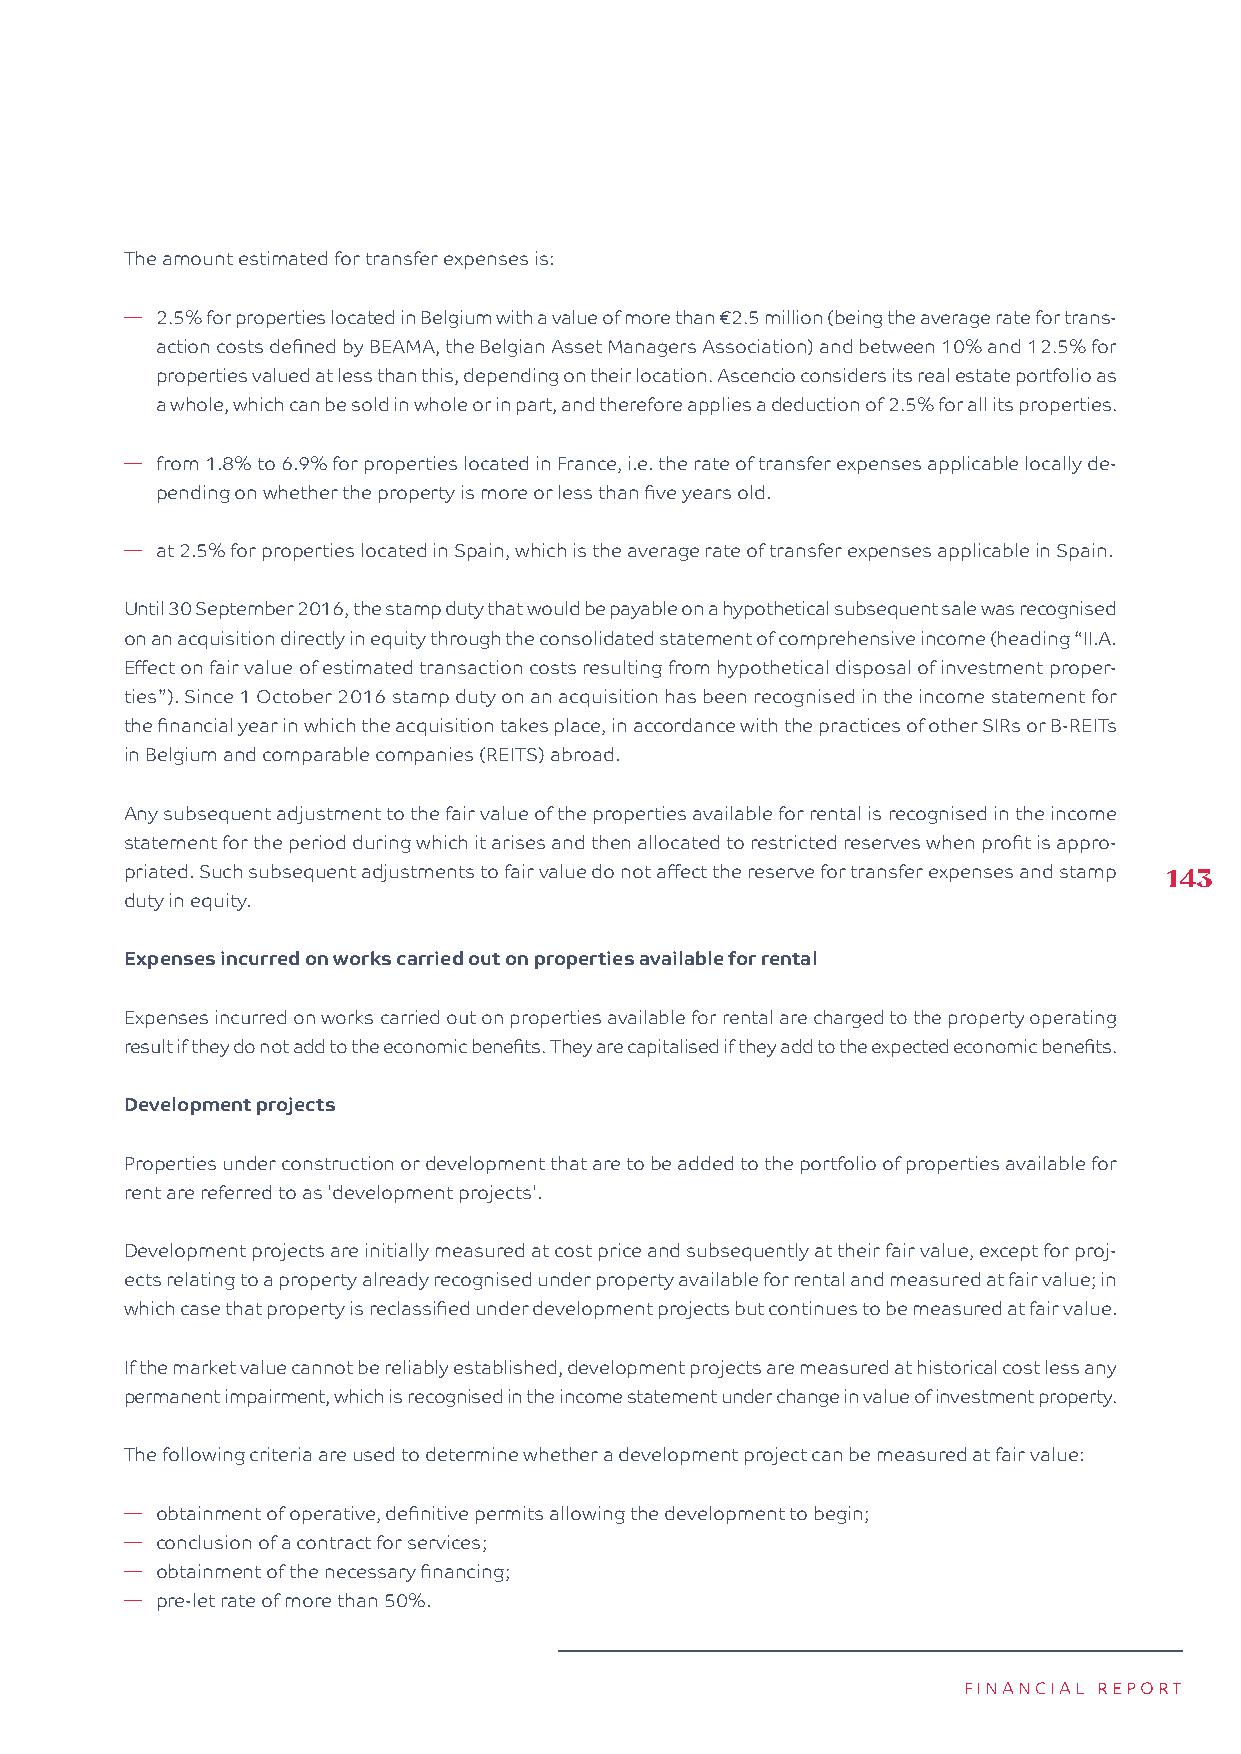
The amount estimated for transfer expenses is:
 � 2.5% for properties located in Belgium with a value of more than €2.5 million (being the average rate for trans-
 action costs defined by BEAMA, the Belgian Asset Managers Association) and between 10% and 12.5% for
 properties valued at less than this, depending on their location. Ascencio considers its real estate portfolio as
 a whole, which can be sold in whole or in part, and therefore applies a deduction of 2.5% for all its properties.
 � from 1.8% to 6.9% for properties located in France, i.e. the rate of transfer expenses applicable locally de-
 pending on whether the property is more or less than five years old.
 � at 2.5% for properties located in Spain, which is the average rate of transfer expenses applicable in Spain.
 Until 30 September 2016, the stamp duty that would be payable on a hypothetical subsequent sale was recognised
 on an acquisition directly in equity through the consolidated statement of comprehensive income (heading “II.A.
 Effect on fair value of estimated transaction costs resulting from hypothetical disposal of investment proper-
 ties”). Since 1 October 2016 stamp duty on an acquisition has been recognised in the income statement for
 the financial year in which the acquisition takes place, in accordance with the practices of other SIRs or B-REITs
 in Belgium and comparable companies (REITS) abroad.
 Any subsequent adjustment to the fair value of the properties available for rental is recognised in the income
 statement for the period during which it arises and then allocated to restricted reserves when profit is appro-
 priated. Such subsequent adjustments to fair value do not affect the reserve for transfer expenses and stamp 143
 duty in equity.
 Expenses incurred on works carried out on properties available for rental
 Expenses incurred on works carried out on properties available for rental are charged to the property operating
 result if they do not add to the economic benefits. They are capitalised if they add to the expected economic benefits.
 Development projects
 Properties under construction or development that are to be added to the portfolio of properties available for
 rent are referred to as 'development projects'.
 Development projects are initially measured at cost price and subsequently at their fair value, except for proj-
 ects relating to a property already recognised under property available for rental and measured at fair value; in
 which case that property is reclassified under development projects but continues to be measured at fair value.
 If the market value cannot be reliably established, development projects are measured at historical cost less any
 permanent impairment, which is recognised in the income statement under change in value of investment property.
 The following criteria are used to determine whether a development project can be measured at fair value:
 � obtainment of operative, definitive permits allowing the development to begin;
 � conclusion of a contract for services;
 � obtainment of the necessary financing;
 � pre-let rate of more than 50%.
 FINANCIAL REPORT